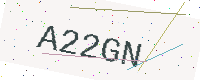
Text: A22GN